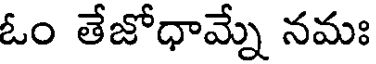
ఓం తేజోధామ్నే నమః